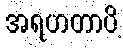
အရဟတာပိ